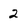
Character: 2